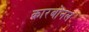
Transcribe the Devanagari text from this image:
कारबोनल